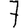
Digit: 7